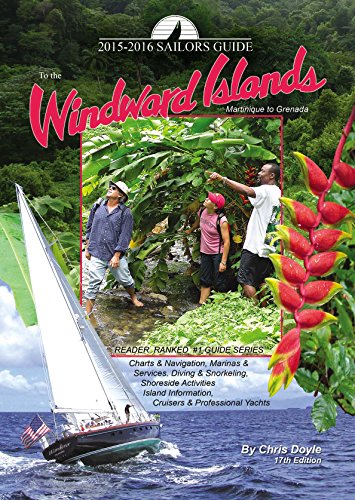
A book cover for The Sailors Guide to the Windward Islands; Chris Doyle; Travel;